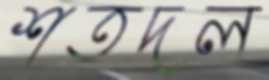
শতদল